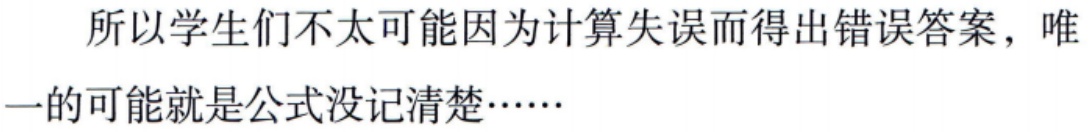
所以学生们不太可能因为计算失误而得出错误答案，唯一的可能就是公式没记清楚……